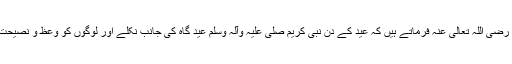
حضرت ابو سعید خدری رضی اللہ تعالیٰ عنہ فرماتے ہیں کہ عید کے دن نبی کریم صلی علیہ وآلہ وسلم عید گاہ کی جانب نکلے اور لوگوں کو وعظ و نصیحت کے بعد فرمایا کہلوگو!